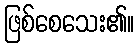
ဖြစ်စေသေး၏။